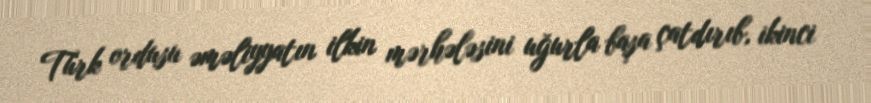
Türk ordusu əməliyyatın ilkin mərhələsini uğurla başa çatdırıb, ikinci